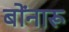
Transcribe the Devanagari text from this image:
बोंनारू